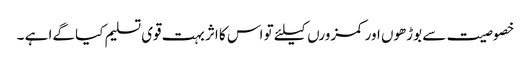
خصوصیت سے بوڑھوں اور کمزورں کیلئے تو اس کا اثر بہت قوی تسلیم کیا گےا ہے ۔